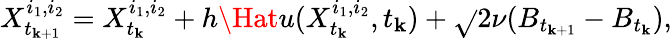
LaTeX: X_{t_{\mathbf{k}+1}}^{i_{1},i_{2}}=X_{t_{\mathbf{k}}}^{i_{1},i_{2}}+h\Hat{u}(X_{t_{\mathbf{k}}}^{i_{1},i_{2}},t_{\mathbf{k}})+\sqrt{}{{2\nu}}(B_{t_{\mathbf{k}+1}}-B_{t_{\mathbf{k}}}),